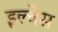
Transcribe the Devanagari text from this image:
इल्वेस